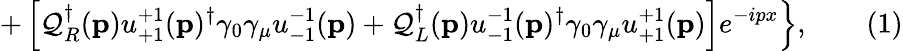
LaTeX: \left.+\left[\mathcal{Q}_{R}^{\dagger}(\mathbf{{p}})u_{+1}^{+1}(\mathbf{{p}})^{\dagger}\gamma_{0}\gamma_{\mu}u_{-1}^{-1}(\mathbf{{p}})+\mathcal{Q}_{L}^{\dagger}(\mathbf{{p}})u_{-1}^{-1}(\mathbf{{p}})^{\dagger}\gamma_{0}\gamma_{\mu}u_{+1}^{+1}(\mathbf{{p}})\right]e^{-ipx}\right\} ,\quad\quad(1)